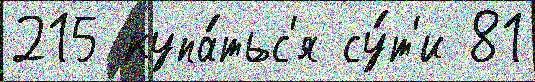
215 купа́тьс'я су́т'и 81